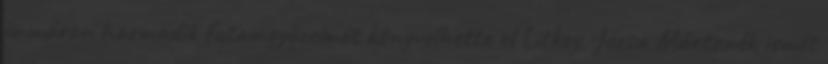
immáron harmadik futamgyőzelmét könyvelhette el Litkey, Józsa Mártonék ismét